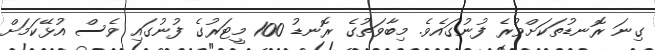
ގިނަ ރޮނޑުތަކަށްވުރެ ފުނުގައެވެ. މިބާވަތުގެ ރޮނޑު 100 މީޓަރުގެ ފުނުގައި ވެސް އުޅޭކަމަށް